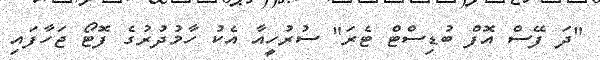
"ދަ ފޭސް އޮފް ބުޑިސްޓް ޓެރަ" ސުރުހީއާ އެކު ހާމުދުރުގެ ފޮޓޯ ޖަހާފައި